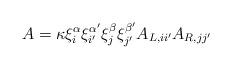
LaTeX: \begin{align*}A=\kappa \xi^{\alpha}_{i} \xi^{\alpha'}_{i'} \xi^{\beta}_{j} \xi^{\beta'}_{j'} A_{L,ii'} A_{R,jj'} \end{align*}